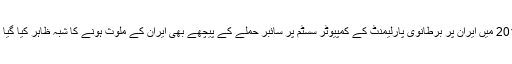
2017 میں ایران پر برطانوی پارلیمنٹ کے کمپیوٹر سسٹم پر سائبر حملے کے پیچھے بھی ایران کے ملوث ہونے کا شبہ ظاہر کیا گیا تھا۔